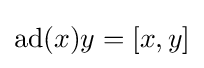
{\textrm {ad}}(x)y=[x,y]